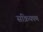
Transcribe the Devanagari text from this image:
सक्रियपण